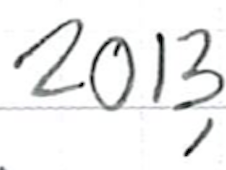
Text: 2013,
Cross-out: clean
Writing tool: ballpoint